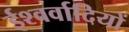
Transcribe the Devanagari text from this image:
ईश्वर्वादियों